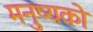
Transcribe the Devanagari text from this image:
मनुष्यको